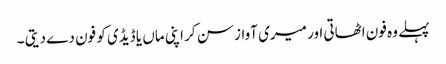
پہلے وہ فون اٹھاتی اور میری آواز سن کر اپنی ماں یا ڈیڈی کو فون دے دیتی ۔